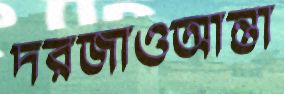
দরজাওআন্তা